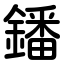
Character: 鐇